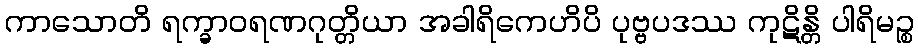
ကာသောတိ ရက္ခာဝရဏဂုတ္တိယာ အခါရိကေဟိပိ ပုဗ္ဗပဒဿ ကုဋိန္တိ ပါရိမဉ္စ